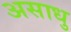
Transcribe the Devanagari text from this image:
असाधु